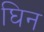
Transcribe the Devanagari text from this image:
घिन